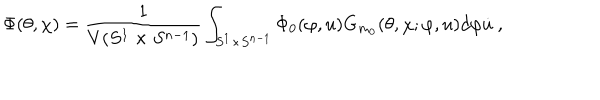
LaTeX: \Phi ( \theta , \chi ) = \frac { 1 } { V ( S ^ { 1 } \times S ^ { n - 1 } ) } \int _ { S ^ { 1 } \times S ^ { n - 1 } } \Phi _ { 0 } ( \varphi , u ) G _ { m _ { 0 } } ( \theta , \chi ; \varphi , u ) d \varphi \dot { u } ~ ,